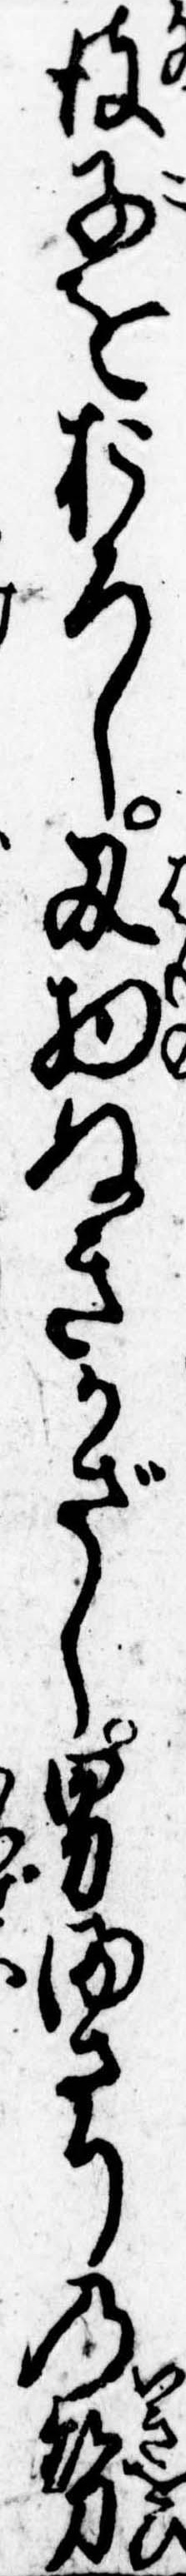
彼子をおろし刃物ぬきかざし男まさりの勢